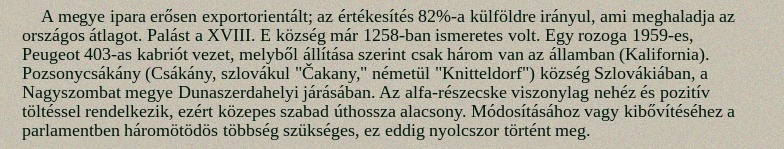
A megye ipara erősen exportorientált; az értékesítés 82%-a külföldre irányul, ami meghaladja az országos átlagot. Palást a XVIII. E község már 1258-ban ismeretes volt. Egy rozoga 1959-es, Peugeot 403-as kabriót vezet, melyből állítása szerint csak három van az államban (Kalifornia). Pozsonycsákány (Csákány, szlovákul "Čakany," németül "Knitteldorf") község Szlovákiában, a Nagyszombat megye Dunaszerdahelyi járásában. Az alfa-részecske viszonylag nehéz és pozitív töltéssel rendelkezik, ezért közepes szabad úthossza alacsony. Módosításához vagy kibővítéséhez a parlamentben háromötödös többség szükséges, ez eddig nyolcszor történt meg.